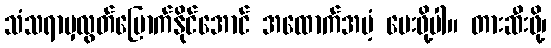
သံသရာမှလွတ်မြောက်နိုင်အောင် အထောက်အပံ့ ပေးဖို့ပါ။ တားဆီးဖို့၊